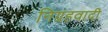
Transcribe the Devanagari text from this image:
निग्रहवादी